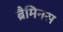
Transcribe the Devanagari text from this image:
ब्रैमिनस